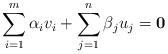
LaTeX: \begin{align*}\sum_{i=1}^m \alpha_i v_i + \sum_{j=1}^n\beta_j u_j = {\bf 0}\end{align*}